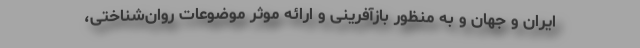
ایران و جهان و به منظور بازآفرینی و ارائه موثر موضوعات روان‌شناختی،